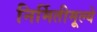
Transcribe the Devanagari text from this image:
निर्मितीमूल्ये